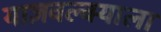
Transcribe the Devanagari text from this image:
याज्ञवल्क्याला